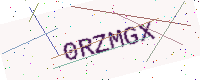
Text: 0RZMGX